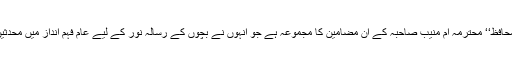
زیر نظر کتابچہ ’’حدیث نبوی کے محافظ‘‘ محترمہ ام منیب صاحبہ کے ان مضامین کا مجموعہ ہے جو انہوں نے بچوں کے رسالہ نور کے لیے عام فہم انداز میں محدثین کی حیات وخدمات پر لکھے تھے۔